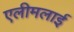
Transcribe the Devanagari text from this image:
एलीमलाई